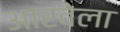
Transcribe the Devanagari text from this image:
आरवेला